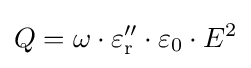
Q=\omega \cdot \varepsilon _{\mathrm {r} }''\cdot \varepsilon _{0}\cdot E^{2}